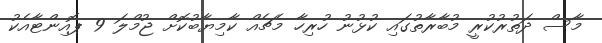
މާސް ދަތުރުކުރީ މުބާރާތުގައި ކުޅުނު ހުރިހާ މެޗެއް ކާމިޔާބުކޮށް ޖުމްލަ 9 ޕޮއިންޓާއެކު